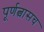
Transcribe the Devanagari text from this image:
पूर्णत्वासच